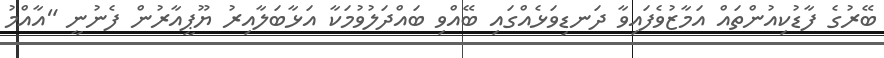
ބޭރުގެ ފާޑުކިއުންތައް އަމާޒުވެފައިވާ ދަނޑިވަޅެއްގައި ބޭއްވި ބައްދަލުވުމަކާ އަޅާބަލާއިރު ޔޫޕީއާރުން ފެނުނީ "އާއްމު